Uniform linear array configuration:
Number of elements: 48
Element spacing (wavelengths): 1
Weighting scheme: binomial
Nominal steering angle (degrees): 60
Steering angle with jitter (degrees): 59.663
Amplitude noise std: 0.05
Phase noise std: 0.05

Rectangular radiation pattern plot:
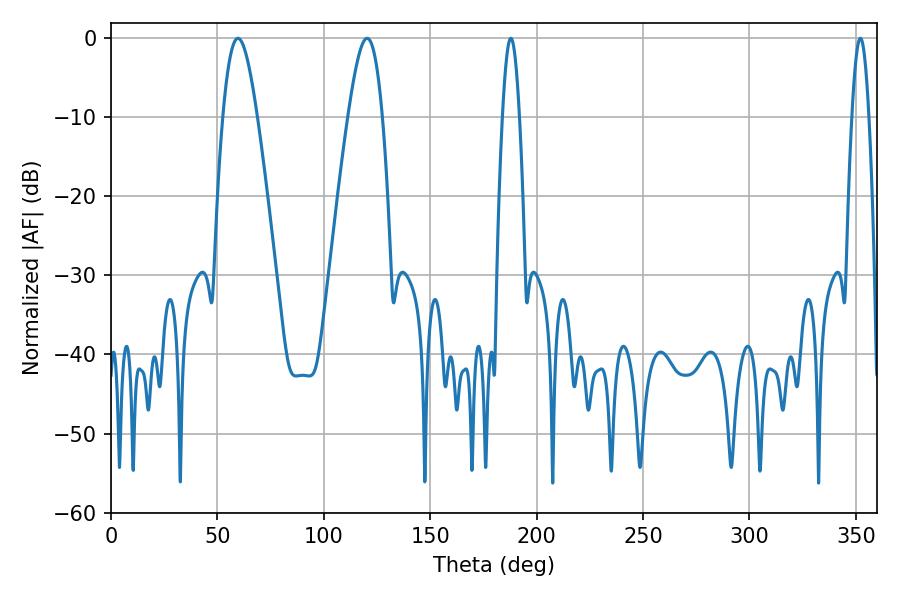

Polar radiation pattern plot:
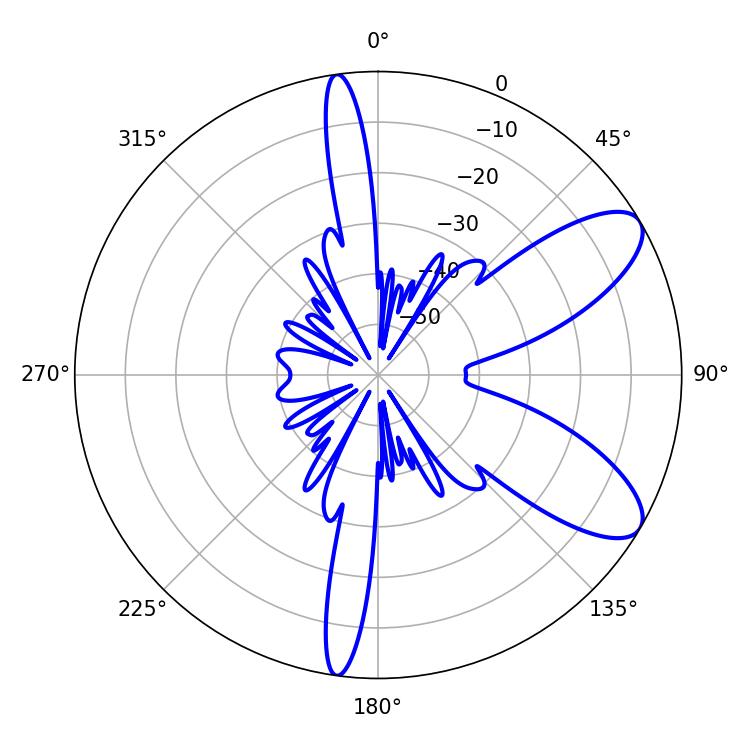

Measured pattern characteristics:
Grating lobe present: TRUE
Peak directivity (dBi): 8.8
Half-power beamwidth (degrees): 8.64
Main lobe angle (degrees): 59.58